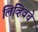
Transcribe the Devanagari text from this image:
लिव्हिवचे